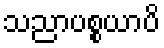
သညာပစ္စယာပိ